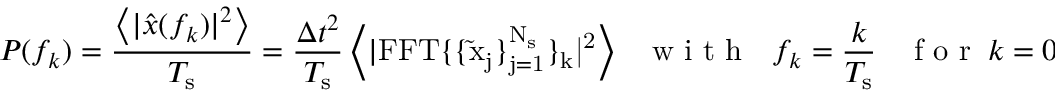
P ( f _ { k } ) = \frac { \left< | \hat { x } ( f _ { k } ) | ^ { 2 } \right> } { T _ { \mathrm { s } } } = \frac { \Delta t ^ { 2 } } { T _ { \mathrm { s } } } \left< | \mathrm { { F F T } \{ \{ \tilde { x } _ { j } \} _ { j = 1 } ^ { N _ { \mathrm { s } } } \} _ { k } | ^ { 2 } } \right> \ \ \ \mathrm { ~ w ~ i ~ t ~ h ~ } \ \ \ f _ { k } = \frac { k } { T _ { \mathrm { s } } } \ \ \ \ \mathrm { ~ f ~ o ~ r ~ } \ k = 0 , 1 , 2 , \ldots , ( N _ { \mathrm { s } } - 1 ) / 2 \, ,